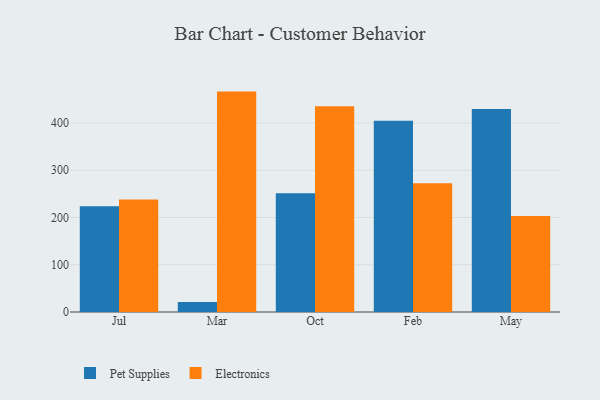
{"axis": {"x": "Month", "y": "Production Output"}, "legend": ["Electronics", "Pet Supplies"], "data": [{"x": "Jul", "y": 223.9, "type": "Pet Supplies"}, {"x": "Jul", "y": 238.1, "type": "Electronics"}, {"x": "Mar", "y": 21.0, "type": "Pet Supplies"}, {"x": "Mar", "y": 466.6, "type": "Electronics"}, {"x": "Oct", "y": 251.5, "type": "Pet Supplies"}, {"x": "Oct", "y": 435.5, "type": "Electronics"}, {"x": "Feb", "y": 404.9, "type": "Pet Supplies"}, {"x": "Feb", "y": 272.4, "type": "Electronics"}, {"x": "May", "y": 429.6, "type": "Pet Supplies"}, {"x": "May", "y": 203.5, "type": "Electronics"}]}